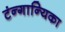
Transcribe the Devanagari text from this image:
टंन्गान्यिका